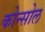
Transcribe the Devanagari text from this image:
कोन्सोल